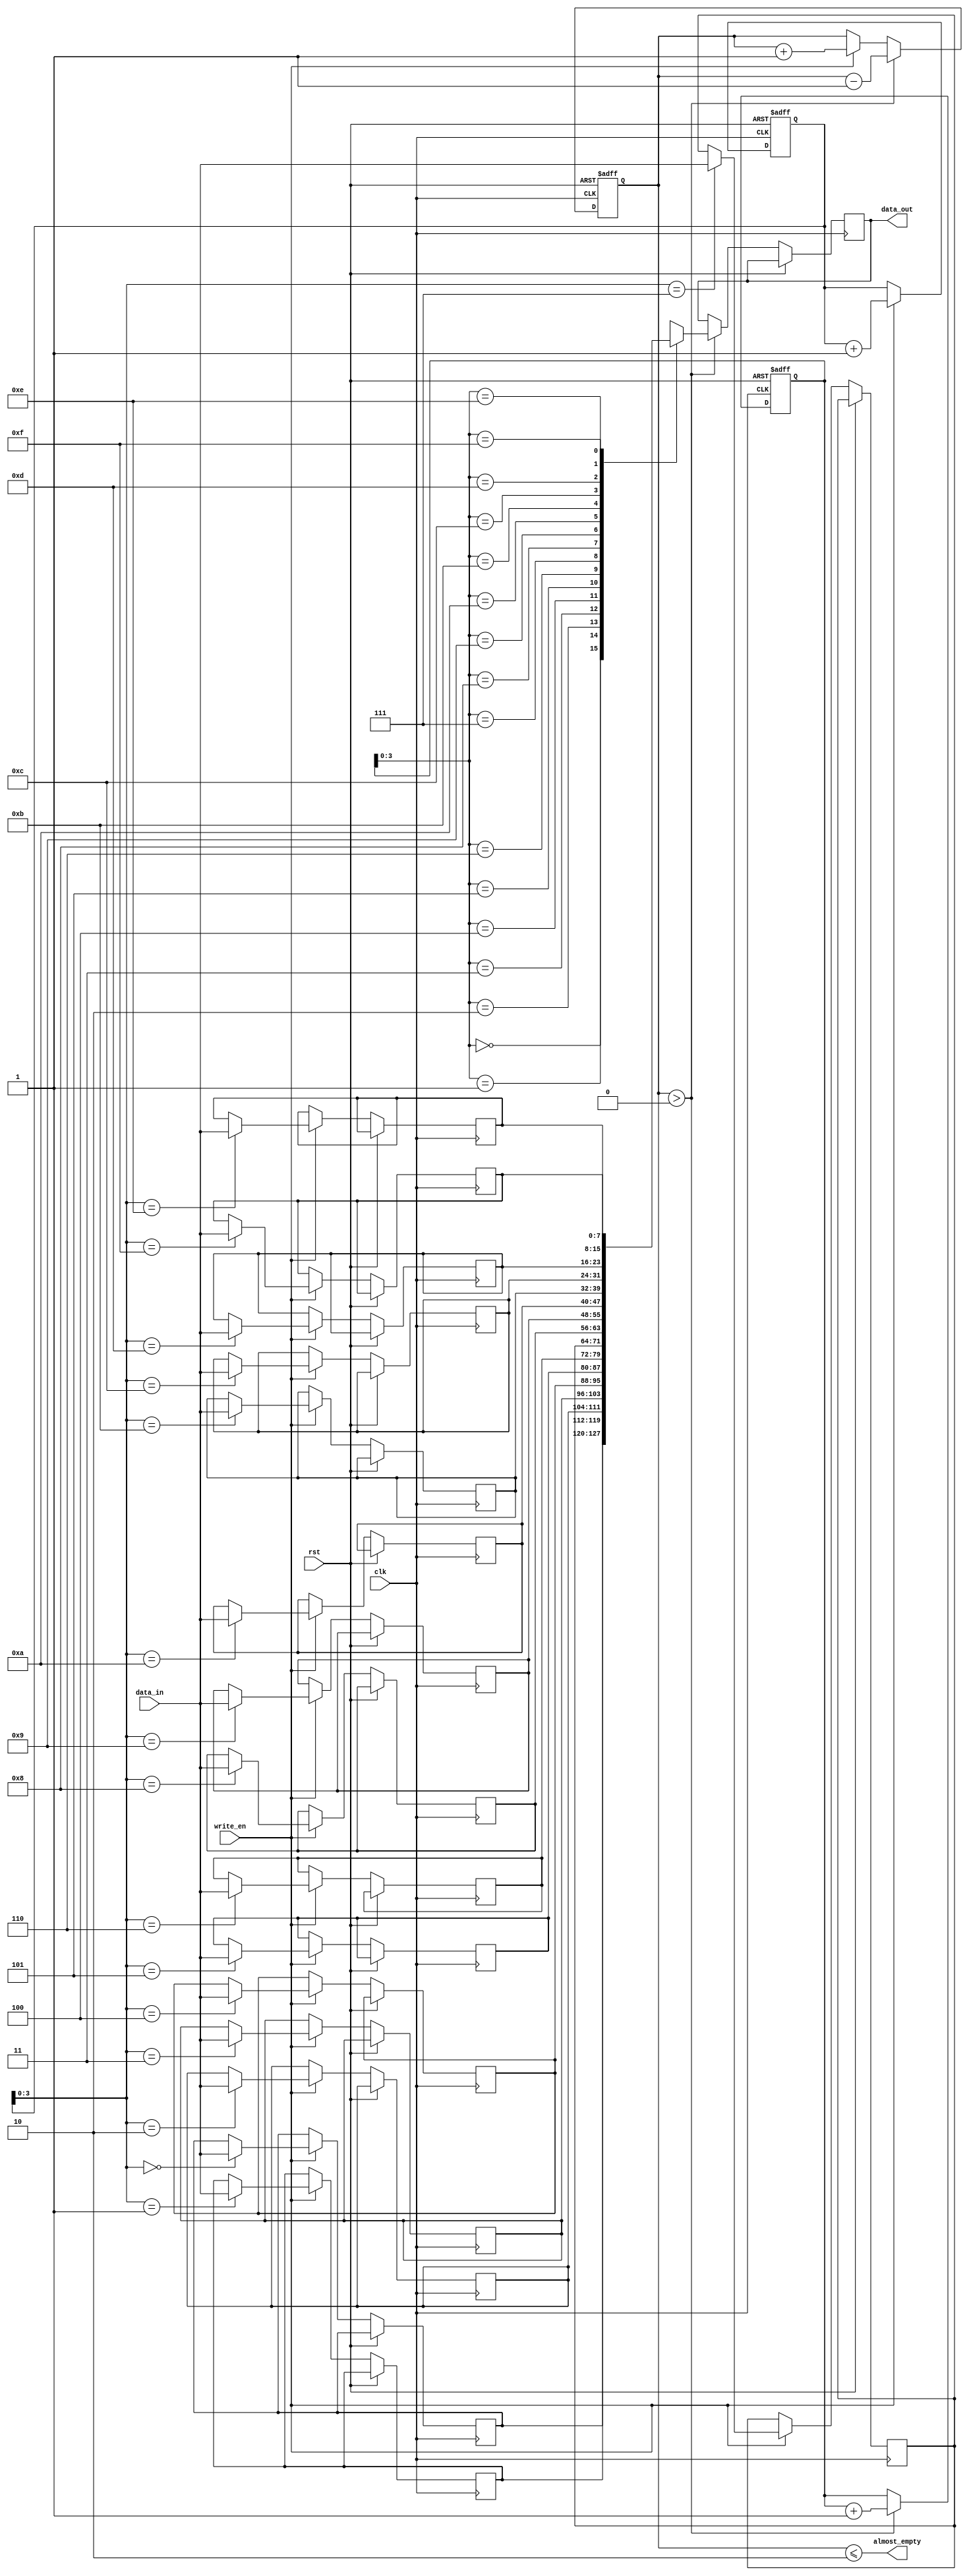
module almost_empty_fifo (
    input wire clk,
    input wire rst,
    input wire [data_width-1:0] data_in,
    input wire write_en,
    output reg [data_width-1:0] data_out,
    output wire almost_empty
);

parameter data_width = 8;
parameter depth = 16;

reg [data_width-1:0] buffer [0:depth-1];
reg [4:0] read_pointer;
reg [4:0] write_pointer;
reg [4:0] count;

assign almost_empty = (count <= 2);

always @ (posedge clk or posedge rst) begin
    if (rst) begin
        read_pointer <= 5'b0;
        write_pointer <= 5'b0;
        count <= 5'b0;
    end else begin
        if (write_en) begin
            buffer[write_pointer] <= data_in;
            write_pointer <= write_pointer + 1;
            count <= count + 1;
        end
        
        if (count > 0) begin
            data_out <= buffer[read_pointer];
            read_pointer <= read_pointer + 1;
            count <= count - 1;
        end
    end
end

endmodule